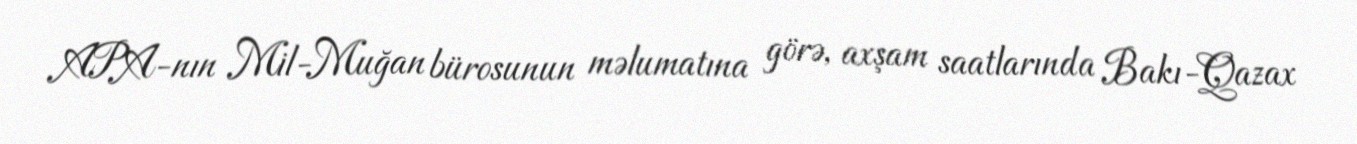
APA-nın Mil-Muğan bürosunun məlumatına görə, axşam saatlarında Bakı-Qazax